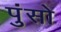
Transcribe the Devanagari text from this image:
पुंसो